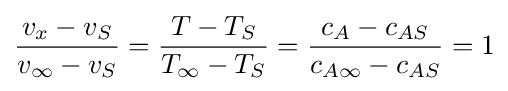
{v_{x}-v_{S} \over v_{\infty }-v_{S}}={T-T_{S} \over T_{\infty }-T_{S}}={c_{A}-c_{AS} \over c_{A\infty }-c_{AS}}=1